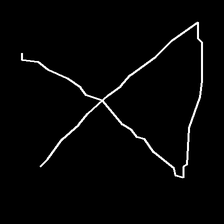
Glyph: collection